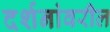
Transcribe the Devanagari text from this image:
दर्शनांवरील